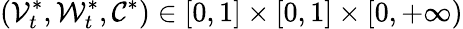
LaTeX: (\mathcal{V}_{t}^{*},\mathcal{W}_{t}^{*},\mathcal{C}^{*})\in[0,1]\times[0,1]\times[0,+\infty)